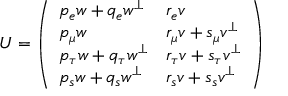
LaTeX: U = \left( \begin{array} { l l } { { p _ { e } w + q _ { e } w ^ { \bot } } } & { { r _ { e } v } } \\ { { p _ { \mu } w } } & { { r _ { \mu } v + s _ { \mu } v ^ { \bot } } } \\ { { p _ { \tau } w + q _ { \tau } w ^ { \bot } } } & { { r _ { \tau } v + s _ { \tau } v ^ { \bot } } } \\ { { p _ { s } w + q _ { s } w ^ { \bot } } } & { { r _ { s } v + s _ { s } v ^ { \bot } } } \end{array} \right)